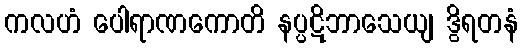
ကလဟံ ပေါရာဏကောတိ နပ္ပဋိဘာသေယျ ဒွိရတနံ